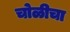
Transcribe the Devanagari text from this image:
चोळीचा